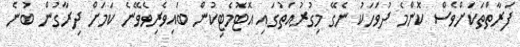
ފަރާތްތަކަށްވެސް ކޮންމެ ދުވަހަކު ނެގޭ މިގުރުއަތުގައި އޮޓޮމެޓިކުން ބައިވެރިވެވޭނެ ކަމަށް ދިރާގުން ބުނެ